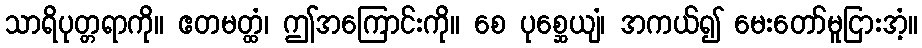
သာရိပုတ္တရာကို။ ဧတမတ္ထံ၊ ဤအကြောင်းကို။ စေ ပုစ္ဆေယျံ၊ အကယ်၍ မေးတော်မူငြားအံ့။